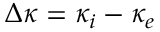
\Delta \kappa = \kappa _ { i } - \kappa _ { e }